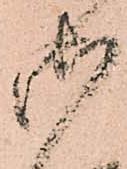
御